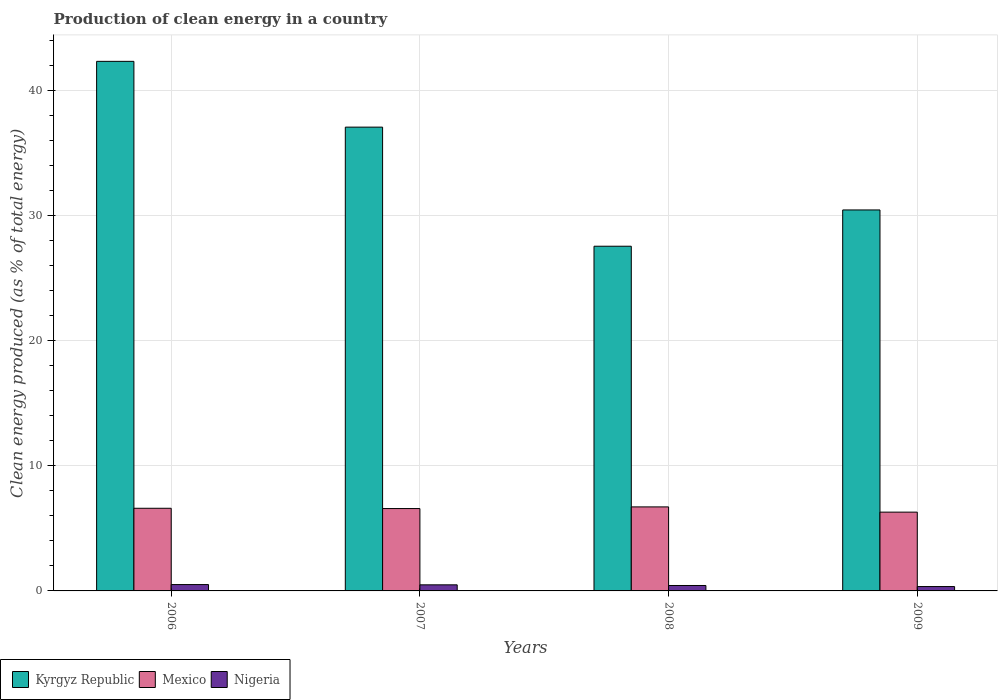
| Years | Kyrgyz Republic | Mexico | Nigeria |
 | --- | --- | --- | --- |
 | 2006 | 42.3 | 6.61 | 0.507 |
 | 2007 | 37.1 | 6.59 | 0.487 |
 | 2008 | 27.6 | 6.72 | 0.435 |
 | 2009 | 30.5 | 6.3 | 0.349 |